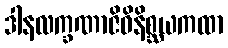
ဒါနလက္ခဏာဇိဝိနိစ္ဆယကထာ